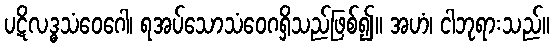
ပဋိလဒ္ဓသံဝေဂေါ၊ ရအပ်သောသံဝေဂရှိသည်ဖြစ်၍။ အဟံ၊ ငါဘုရားသည်။